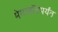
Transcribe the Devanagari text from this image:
मेगावॉटपर्यंत